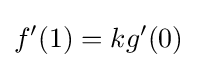
f'(1)=kg'(0)